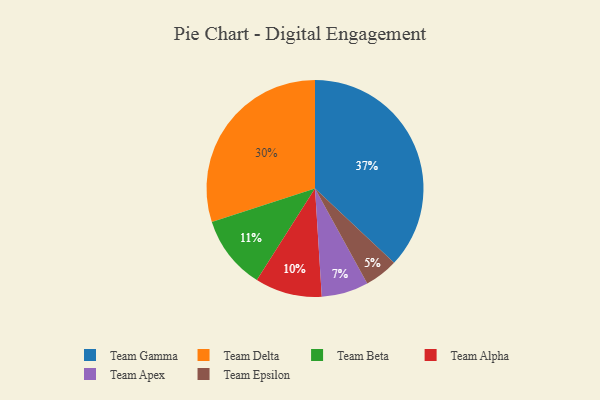
{"axis": {"x": "Category", "y": "Percentage"}, "legend": ["Team Alpha", "Team Apex", "Team Beta", "Team Delta", "Team Epsilon", "Team Gamma"], "data": [{"x": "Team Delta", "y": 30, "type": "Team Delta"}, {"x": "Team Epsilon", "y": 5, "type": "Team Epsilon"}, {"x": "Team Apex", "y": 7, "type": "Team Apex"}, {"x": "Team Beta", "y": 11, "type": "Team Beta"}, {"x": "Team Alpha", "y": 10, "type": "Team Alpha"}, {"x": "Team Gamma", "y": 37, "type": "Team Gamma"}]}